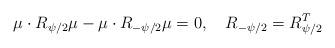
LaTeX: \begin{align*}\mu\cdot R_{\psi/2}\mu -\mu\cdot R_{-\psi/2}\mu=0,\quad R_{-\psi/2}=R_{\psi/2}^T\end{align*}